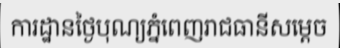
ការដ្ឋានថ្ងៃបុណ្យភ្នំពេញរាជធានីសម្តេច